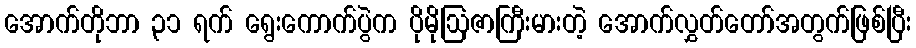
အောက်တိုဘာ ၃၁ ရက် ရွေးကောက်ပွဲက ပိုမိုဩဇာကြီးမားတဲ့ အောက်လွှတ်တော်အတွက်ဖြစ်ပြီး